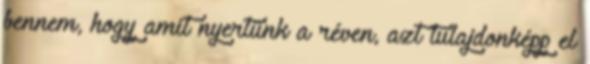
bennem, hogy amit nyertünk a réven, azt tulajdonképp el